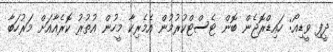
ދީފި ވީޑިއޯ: ހައިޑްރޮޖެން ބޮން ޓެސްޓްކުރުމުން އެމެރިކާ މީހުން އުތުރު ކޮރެއާއަށް މަރުހަބާ